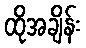
ထိုအချိန်း